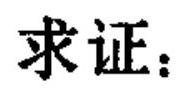
求证：